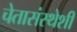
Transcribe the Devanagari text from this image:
चेतासंस्थेशी